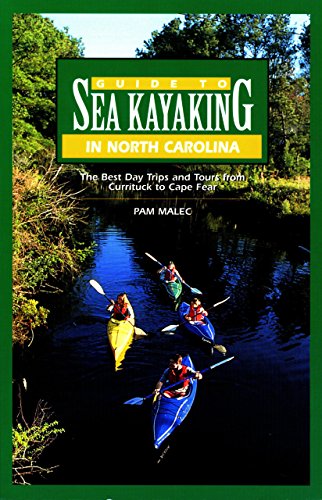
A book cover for Guide to Sea Kayaking in North Carolina: The Best Trips from Currituck to Cape Fear (Regional Sea Kayaking Series); Pam Malec; Sports & Outdoors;